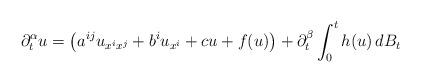
LaTeX: \begin{align*} \partial^{\alpha}_t u=\left(a^{ij}u_{x^ix^j}+b^iu_{x^i}+cu+f(u)\right) +\partial^{\beta}_t \int^t_0 h(u) \, dB_t \end{align*}